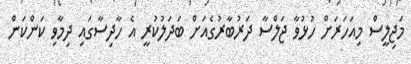
މަޖިލީސް މިއަހަރަށް ހުޅުވާ ޖަލްސާ ދަރުބާރުގެއަށް ބަދަލުކުރީ އެ ހާދިސާގައި ދިމާވި ކަންކަން